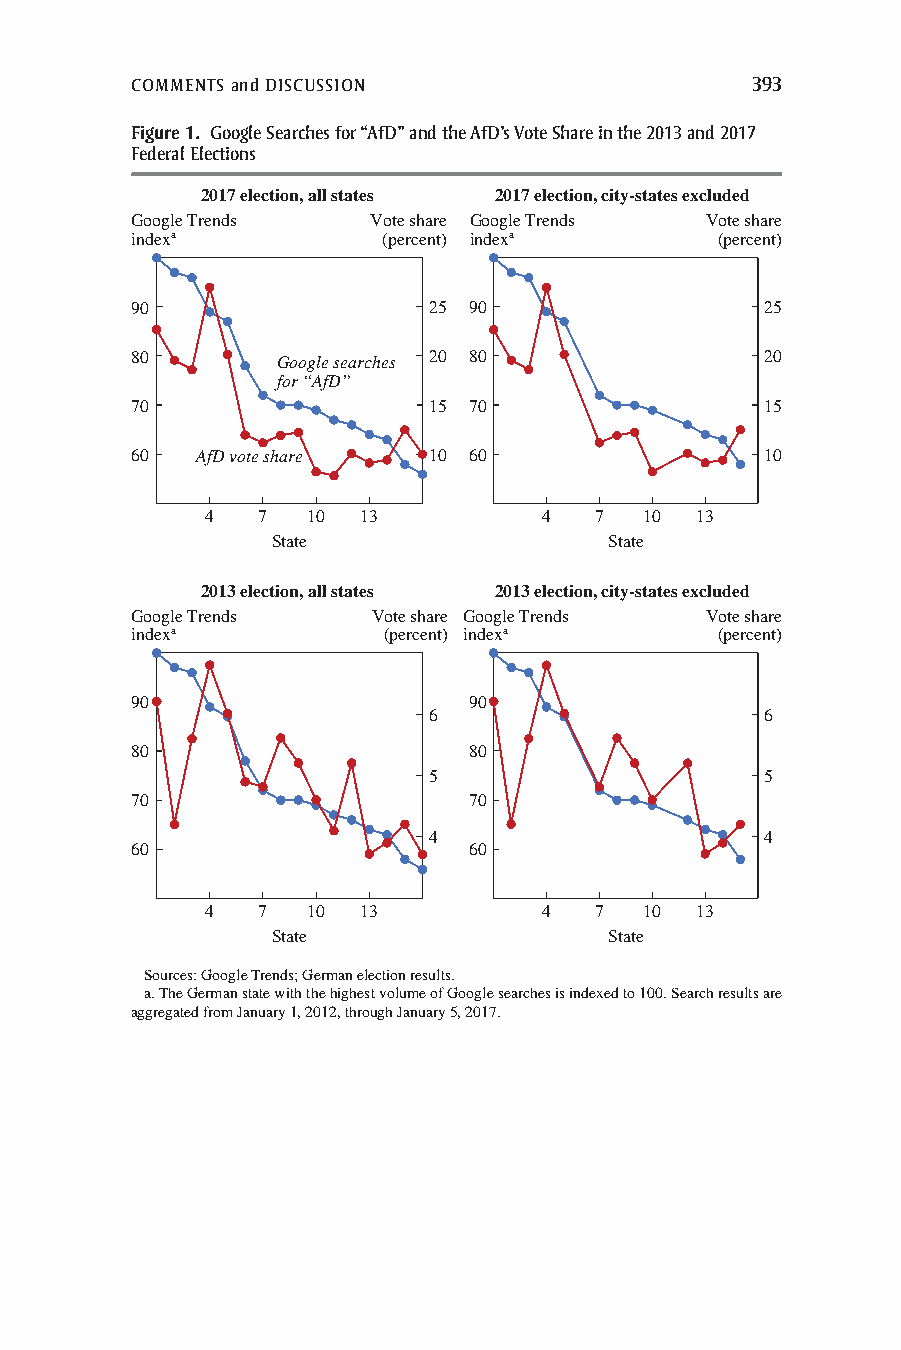
COMMENTS and DISCUSSION                  393
 Figure 1. Google Searches for “AfD” and the AfD’s Vote Share in the 2013 and 2017
 Federal Elections
 2017 election, all states 2017 election, city-states excluded
 Google Trends  Vote share Google Trends Vote share
 indexa          (percent) indexa      (percent)
 90                 25 90                  25
 80       Google searches 20 80            20
 for “AfD”
 70                 15 70                  15
 60  AfD vote share 10 60                  10
 4  7  10  13          4  7   10 13
 State                 State
 2013 election, all states 2013 election, city-states excluded
 Google Trends   Vote share Google Trends Vote share
 indexa          (percent) indexa      (percent)
 90                    90
 6                      6
 80                    80
 5                      5
 70                    70
 4                      4
 60                    60
 4  7  10  13          4  7   10 13
 State                 State
 Sources: Google Trends; German election results.
 a. The German state with the highest volume of Google searches is indexed to 100. Search results are
 aggregated from January 1, 2012, through January 5, 2017.